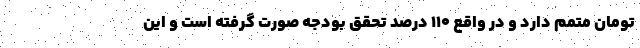
تومان متمم دارد و در واقع ۱۱۰ درصد تحقق بودجه صورت گرفته است و این